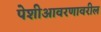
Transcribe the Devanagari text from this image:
पेशीआवरणावरील